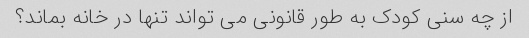
از چه سنی کودک به طور قانونی می تواند تنها در خانه بماند؟